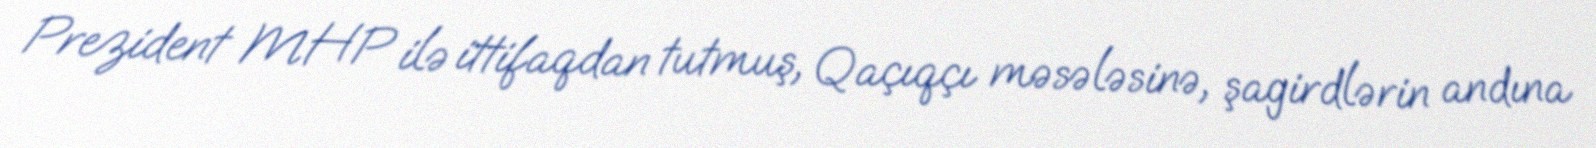
Prezident MHP ilə ittifaqdan tutmuş, Qaçıqçı məsələsinə, şagirdlərin andına